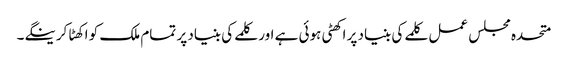
متحدہ مجلس عمل کلمے کی بنیاد پر اکھٹی ہوئی ہے اور کلمے کی بنیاد پر تمام ملک کو اکھٹا کرینگے۔